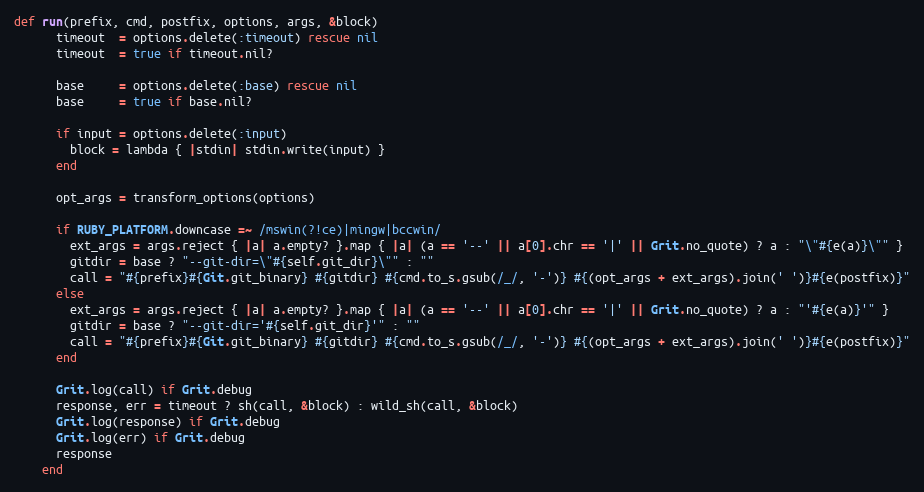
Language: Ruby
def run(prefix, cmd, postfix, options, args, &block)
      timeout  = options.delete(:timeout) rescue nil
      timeout  = true if timeout.nil?

      base     = options.delete(:base) rescue nil
      base     = true if base.nil?

      if input = options.delete(:input)
        block = lambda { |stdin| stdin.write(input) }
      end

      opt_args = transform_options(options)

      if RUBY_PLATFORM.downcase =~ /mswin(?!ce)|mingw|bccwin/
        ext_args = args.reject { |a| a.empty? }.map { |a| (a == '--' || a[0].chr == '|' || Grit.no_quote) ? a : "\"#{e(a)}\"" }
        gitdir = base ? "--git-dir=\"#{self.git_dir}\"" : ""
        call = "#{prefix}#{Git.git_binary} #{gitdir} #{cmd.to_s.gsub(/_/, '-')} #{(opt_args + ext_args).join(' ')}#{e(postfix)}"
      else
        ext_args = args.reject { |a| a.empty? }.map { |a| (a == '--' || a[0].chr == '|' || Grit.no_quote) ? a : "'#{e(a)}'" }
        gitdir = base ? "--git-dir='#{self.git_dir}'" : ""
        call = "#{prefix}#{Git.git_binary} #{gitdir} #{cmd.to_s.gsub(/_/, '-')} #{(opt_args + ext_args).join(' ')}#{e(postfix)}"
      end

      Grit.log(call) if Grit.debug
      response, err = timeout ? sh(call, &block) : wild_sh(call, &block)
      Grit.log(response) if Grit.debug
      Grit.log(err) if Grit.debug
      response
    end